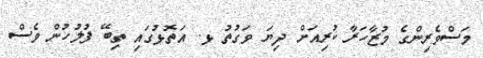
މަސްވެރިންގެ މުޒާހަރާ ކުރިއަށް ދިޔަ ވަގުތު ޅ. އަތޮޅުގައި ތިބޭ ފުލުހުން ވެސް